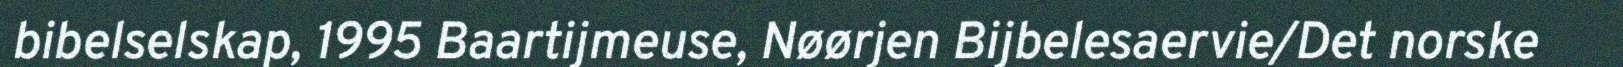
bibelselskap, 1995 Baartijmeuse, Nøørjen Bijbelesaervie/Det norske